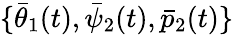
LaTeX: \{ \bar{\theta}_{1}(t),\bar{\psi}_{2}(t),\bar{p}_{2}(t)\}